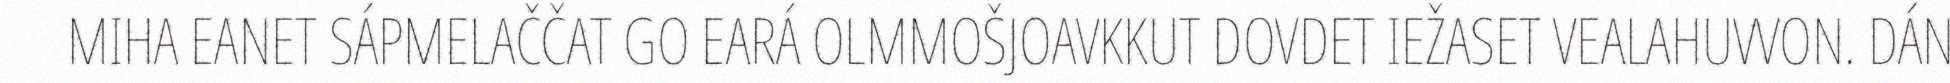
MIHA EANET SÁPMELAČČAT GO EARÁ OLMMOŠJOAVKKUT DOVDET IEŽASET VEALAHUVVON. DÁN